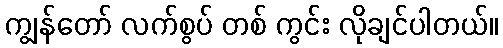
ကျွန်တော် လက်စွပ် တစ် ကွင်း လိုချင်ပါတယ်။